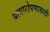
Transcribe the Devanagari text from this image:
प्रत्यारोपणासाठी